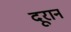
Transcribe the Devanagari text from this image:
दूरान